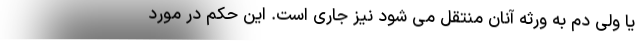
یا ولی دم به ورثه آنان منتقل می شود نیز جاری است. این حکم در مورد